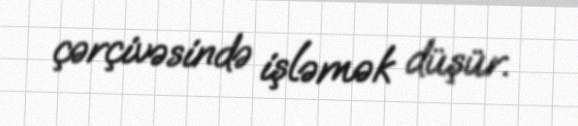
çərçivəsində işləmək düşür.